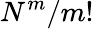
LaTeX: N^{m}/m!